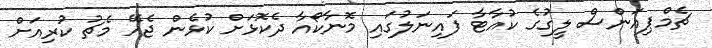
ޗެމްޕިއަންސް ލީގުުގެ ކުއާޓާ ފައިނަލުގައި މޮނާކޯއާ ދެކޮޅަށް ކުޅެން ޖެހޭ މެޗު ކުރިއަށް